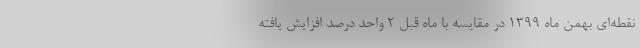
نقطه‌ای بهمن ماه ١٣٩٩ در مقایسه با ماه قبل ٢ واحد درصد افزایش یافته